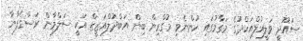
ސައޫދީ ވަލީއުލްއަހްދުގެ މަގާމުގައި ހުންނެވި މުގްރިން ބިން އަބްދުލްއަޒީޒް އަކީ ސަލްމާން ރަސްގެފާނާ